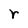
Character: r